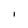
Character: I